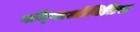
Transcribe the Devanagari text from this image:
गन्ग्लिओनितिस